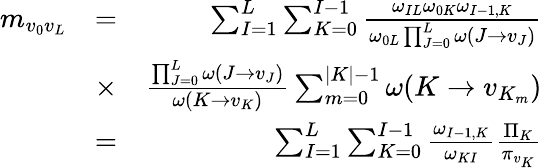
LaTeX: \begin{array}{rlr}{m_{v_{0}v_{L}}}&{=}&{\sum_{I=1}^{L}\sum_{K=0}^{I-1}\frac{\omega_{IL}\omega_{0K}\omega_{I-1,K}}{\omega_{0L}\prod_{J=0}^{L}\omega(J\to v_{J})}}\\ &{\times}&{\frac{\prod_{J=0}^{L}\omega(J\to v_{J})}{\omega(K\to v_{K})}\sum_{m=0}^{|K|-1}\omega(K\to v_{K_{m}})}\\ &{=}&{\sum_{I=1}^{L}\sum_{K=0}^{I-1}\frac{\omega_{I-1,K}}{\omega_{KI}}\frac{\Pi_{K}}{\pi_{v_{K}}}}\end{array}